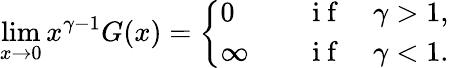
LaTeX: \operatorname*{lim}_{x\to 0}x^{\gamma-1}G(x)=\left\{ \begin{array}{ll}{0\quad}&{\mathrm{~i~f~}\quad\gamma>1,}\\ {\infty\quad}&{\mathrm{~i~f~}\quad\gamma<1.}\end{array}\right.